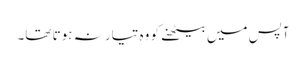
آپس میں بیٹھنے کو وہ تیار نہ ہوتا تھا۔